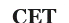
СЕТ